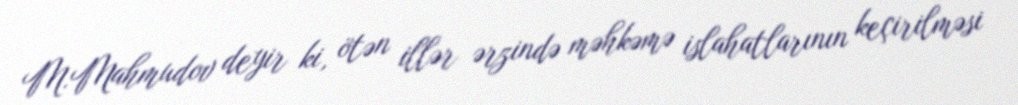
M.Mahmudov deyir ki, ötən illər ərzində məhkəmə islahatlarının keçirilməsi